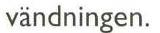
vändningen.